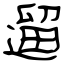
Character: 遛